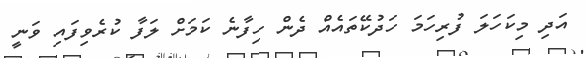
އަދި މިކަހަލަ ފުރިހަމަ ހަދުކޭތައެއް ދެން ހިފާނެ ކަމަށް ލަފާ ކުރެވިފައި ވަނީ